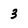
Character: 3